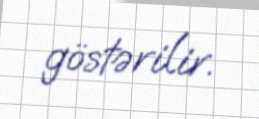
göstərilir.